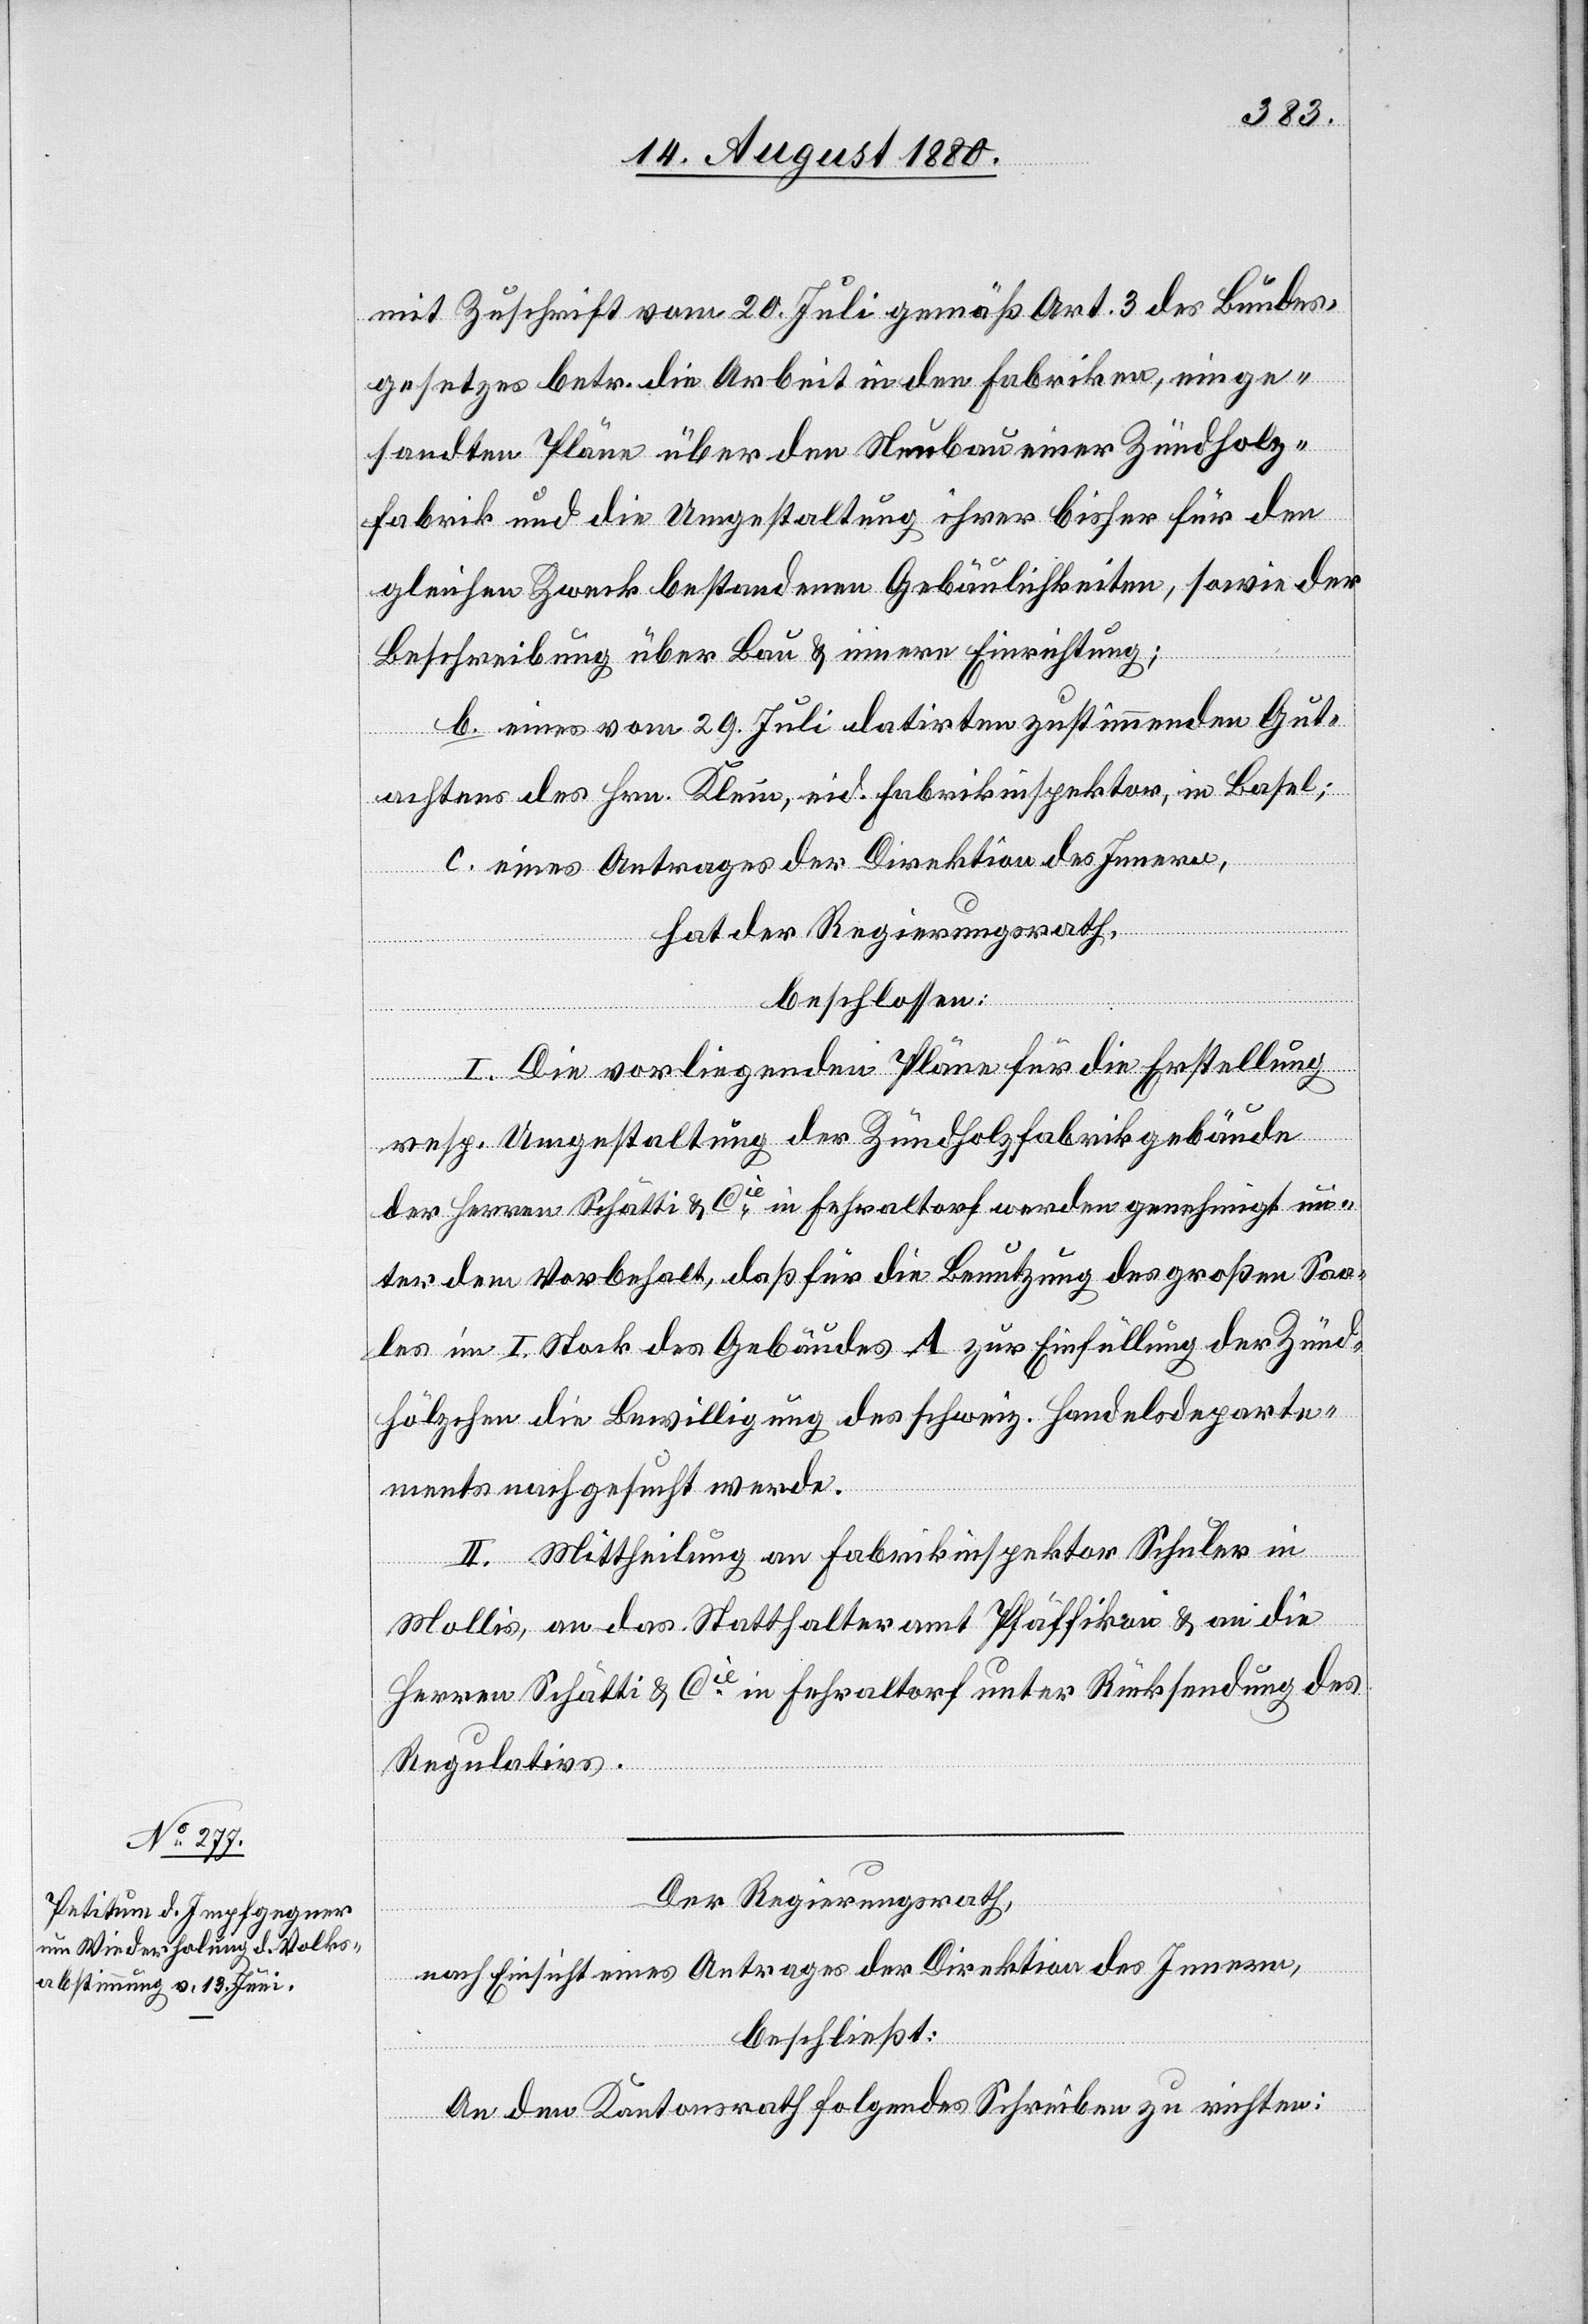
mit Zuschrift vom 20. Juli gemäß Art. 3 des Bundes¬
gesetzes betr. die Arbeit in den Fabriken, einge¬
sandten Pläne über den Neubau einer Zündholz¬
fabrik und die Umgestaltung ihrer bisher für den
gleichen Zweck bestandenen Gebäulichkeiten, sowie der
Beschreibung über Bau & innere Einrichtung;
b. eines vom 29. Juli darirten zustimmenden Gut¬
achtens des Hrn. Klein, eid. Fabrikinspektor, in Basel;
c. eines Antrages der Direktion des Innern,
hat der Regierungsrath,
beschlossen:
I. Die vorliegenden Pläne für die Erstellung
resp. Umgestaltung der Zündholzfabrikbgebäude
der Herren Schätti & Cie in Fehraltorf werden genehmigt un¬
ter dem Vorbehalt, daß für die Benutzung des großen Saa¬
les im I. Stock des Gebäudes A zur Einfüllung der Zünd¬
hölzchen die Bewilligung des schweiz. Handelsdeparte¬
ments nachgesucht werde.
II. Mittheilung an Fabrikinspektor Schuler in
Mollis, an das Statthalteramt Pfäffikon & an die
Herren Schätti & Cie in Fehraltorf unter Rücksendung des
Regulativs.
Der Regierungsrath,
nach Einsicht eines Antrages der Direktion des Innern,
beschließt:
An den Kantonsrath folgendes Schreiben zu richten: